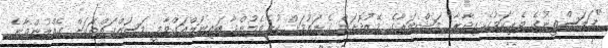
"ފަލަސްތީނުގެ ވެރިކަމުގެ އިދާރާ" މަޝްވަރާގެ މޭޒުދޮށަށް ގެނައުމަށް ކުރެވެމުންދާ ބައިނަލްއަގްވާމީ މަސައްކަތްތަކަށް ގެއްލުންވާނެ